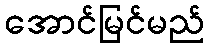
အောင်မြင်မည်